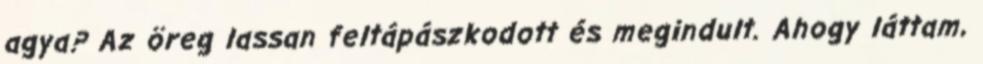
agya? Az öreg lassan feltápászkodott és megindult. Ahogy láttam,